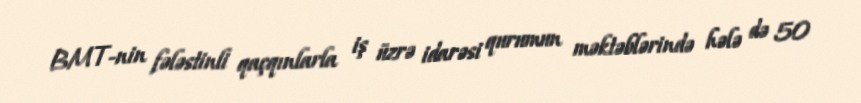
BMT-nin fələstinli qaçqınlarla iş üzrə idarəsi qurumun məktəblərində hələ də 50